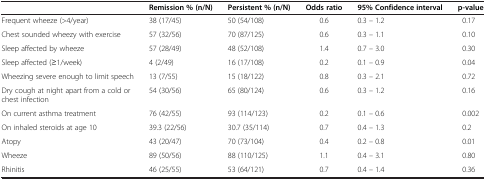
<table><thead><tr><td></td><td><b>Remission % (n/N)</b></td><td><b>Persistent % (n/N)</b></td><td><b>Odds ratio</b></td><td><b>95% Confidence interval</b></td><td><b>p-value</b></td></tr></thead><tbody><tr><td>Frequent wheeze (&gt;4/year)</td><td>38 (17/45)</td><td>50 (54/108)</td><td>0.6</td><td>0.3 – 1.2</td><td>0.17</td></tr><tr><td>Chest sounded wheezy with exercise</td><td>57 (32/56)</td><td>70 (87/125)</td><td>0.6</td><td>0.3 – 1.1</td><td>0.10</td></tr><tr><td>Sleep affected by wheeze</td><td>57 (28/49)</td><td>48 (52/108)</td><td>1.4</td><td>0.7 – 3.0</td><td>0.30</td></tr><tr><td>Sleep affected (≥1/week)</td><td>4 (2/49)</td><td>16 (17/108)</td><td>0.2</td><td>0.1 – 0.9</td><td>0.04</td></tr><tr><td>Wheezing severe enough to limit speech</td><td>13 (7/55)</td><td>15 (18/122)</td><td>0.8</td><td>0.3 – 2.1</td><td>0.72</td></tr><tr><td>Dry cough at night apart from a cold or chest infection</td><td>54 (30/56)</td><td>65 (80/124)</td><td>0.6</td><td>0.3 – 1.2</td><td>0.16</td></tr><tr><td>On current asthma treatment</td><td>76 (42/55)</td><td>93 (114/123)</td><td>0.2</td><td>0.1 – 0.6</td><td>0.002</td></tr><tr><td>On inhaled steroids at age 10</td><td>39.3 (22/56)</td><td>30.7 (35/114)</td><td>0.7</td><td>0.4 – 1.3</td><td>0.2</td></tr><tr><td>Atopy</td><td>43 (20/47)</td><td>70 (73/104)</td><td>0.4</td><td>0.2 – 0.8</td><td>0.01</td></tr><tr><td>Wheeze</td><td>89 (50/56)</td><td>88 (110/125)</td><td>1.1</td><td>0.4 – 3.1</td><td>0.80</td></tr><tr><td>Rhinitis</td><td>46 (25/55)</td><td>53 (64/121)</td><td>0.7</td><td>0.4 – 1.4</td><td>0.36</td></tr></tbody></table>